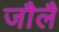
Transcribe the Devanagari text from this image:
जौलै